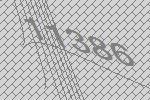
11386